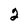
Character: 2